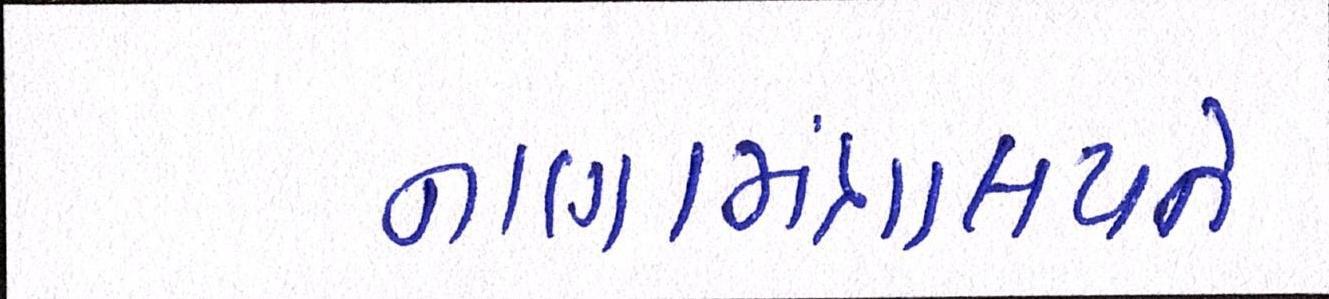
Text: નાણામંત્રાલયને